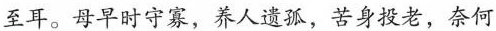
至耳。母早时守寡，养人遗孤，苦身投老，奈何